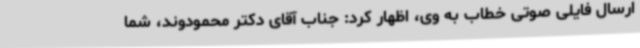
ارسال فایلی صوتی خطاب به وی، اظهار کرد: جناب آقای دکتر محمودوند، شما